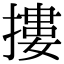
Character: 摟